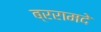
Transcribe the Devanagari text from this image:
ब्ररामदे